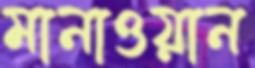
মানাওয়ান